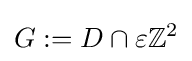
G:=D\cap \varepsilon \mathbb {Z} ^{2}